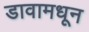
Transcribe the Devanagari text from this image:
डावामधून